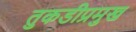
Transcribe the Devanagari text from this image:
तुकडीप्रमुख